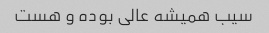
سیب همیشه عالی بوده و هست